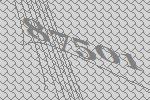
87501